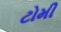
ટોમી